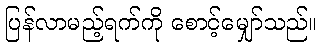
ပြန်လာမည့်ရက်ကို စောင့်မျှော်သည်။